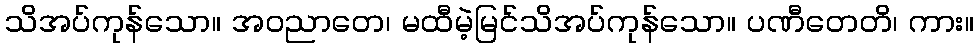
သိအပ်ကုန်သော။ အဝညာတေ၊ မထီမဲ့မြင်သိအပ်ကုန်သော။ ပဏီတေတိ၊ ကား။